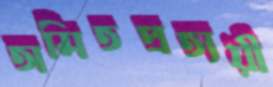
অমিতপ্রত্যয়ী